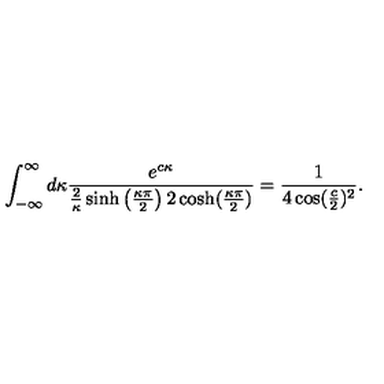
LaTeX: \int _ { - \infty } ^ { \infty } d \kappa \frac { e ^ { c \kappa } } { \frac { 2 } { \kappa } \sinh \left( \frac { \kappa \pi } { 2 } \right) 2 \cosh ( \frac { \kappa \pi } 2 ) } = \frac { 1 } { 4 \cos ( { \frac { c } { 2 } } ) ^ { 2 } } .